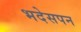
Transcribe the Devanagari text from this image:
भदेसपन